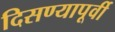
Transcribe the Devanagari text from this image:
दिसण्यापूर्वी